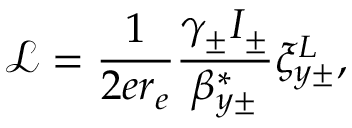
\mathcal { L } = \frac { 1 } { 2 e r _ { e } } \frac { \gamma _ { \pm } I _ { \pm } } { \beta _ { y \pm } ^ { * } } \xi _ { y \pm } ^ { L } ,